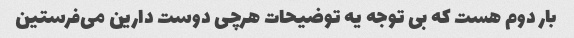
بار دوم هست که بی توجه یه توضیحات هرچی دوست دارین می‌فرستین